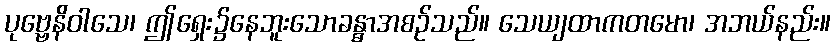
ပုဗ္ဗေနိဝါသေ၊ ဤရှေး၌နေဘူးသောခန္ဓာအစဉ်သည်။ သေယျထာကတမော၊ အဘယ်နည်း။